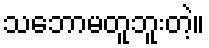
သဘောမတူဘူးတဲ့။